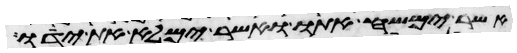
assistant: אשר ימשח אתו ואשר ימלא את ידו